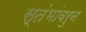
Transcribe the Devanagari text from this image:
स्तंभांवरुन